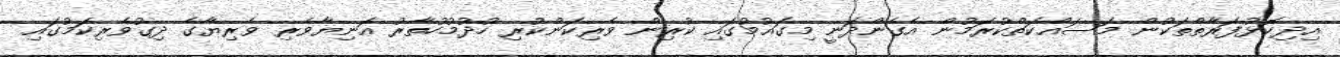
އިދިކޮޅުފަރާތްތަކުން މަސައްކަތްކުރަމުން އެގެންދަނީ މިގައުމުގައި ކުރިން ވެރިކަންކުރި ހުދުމުހުތާރު އަނިޔާވެރި ވެރިޔާގެ ދިގުވެރިކަމުގައި